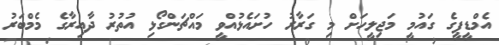
އެމްޑީޕީގެ ގައުމީ މަޖިލީހަށް މި ގަރާރު ހުށައެޅުއްވީ މައްޗަންގޯޅި އުތުރު ދާއިރާގެ މެމްބަރު